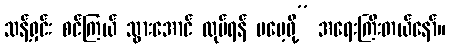
သန့်ရှင်း စင်ကြယ် သွားအောင် လုပ်ရန် မမေ့ဖို့” အရေးကြီးတယ်နော်။